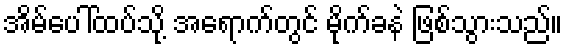
အိမ်ပေါ်ထပ်သို့ အရောက်တွင် မိုက်ခနဲ ဖြစ်သွားသည်။